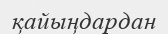
қайыңдардан